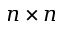
n \times n